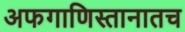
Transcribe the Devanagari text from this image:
अफगाणिस्तानातच